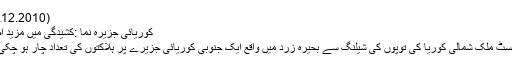
(08.12.2010)
کوریائی جزیرہ نما :کشیدگی میں مزید اضافہ
کمیونسٹ ملک شمالی کوریا کی توپوں کی شیلنگ سے بحیرہ زرد میں واقع ایک جنوبی کوریائی جزیرے پر ہلاکتوں کی تعداد چار ہو چکی ہے۔